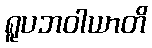
ရူပဘဝါယာတိ